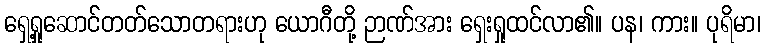
ရှေ့ရှုဆောင်တတ်သောတရားဟု ယောဂီတို့ ဉာဏ်အား ရှေးရှုထင်လာ၏။ ပန၊ ကား။ ပုရိမာ၊